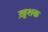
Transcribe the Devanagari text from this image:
ख़ुशक